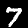
Digit: 7